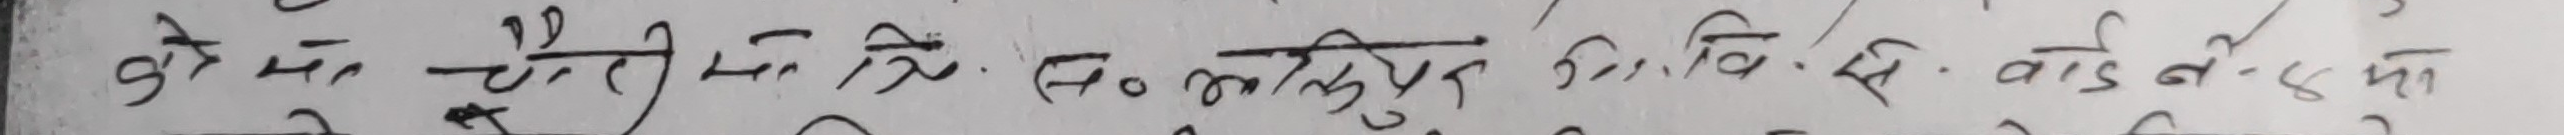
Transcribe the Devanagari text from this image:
कुशे मा चेती सिङ्ग कमलिपुर वि. से वाडनग को